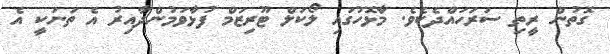
ގޮތުން ރީތި ސަރަހައްދެކެވެ. މާޅޮހުގައި ލޯކަލް ޓޫރިޒަމް ފުޅާވަމުންދާއިރު އެ ތަނަކީ އެ